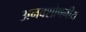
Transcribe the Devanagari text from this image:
अनवशोषनीय